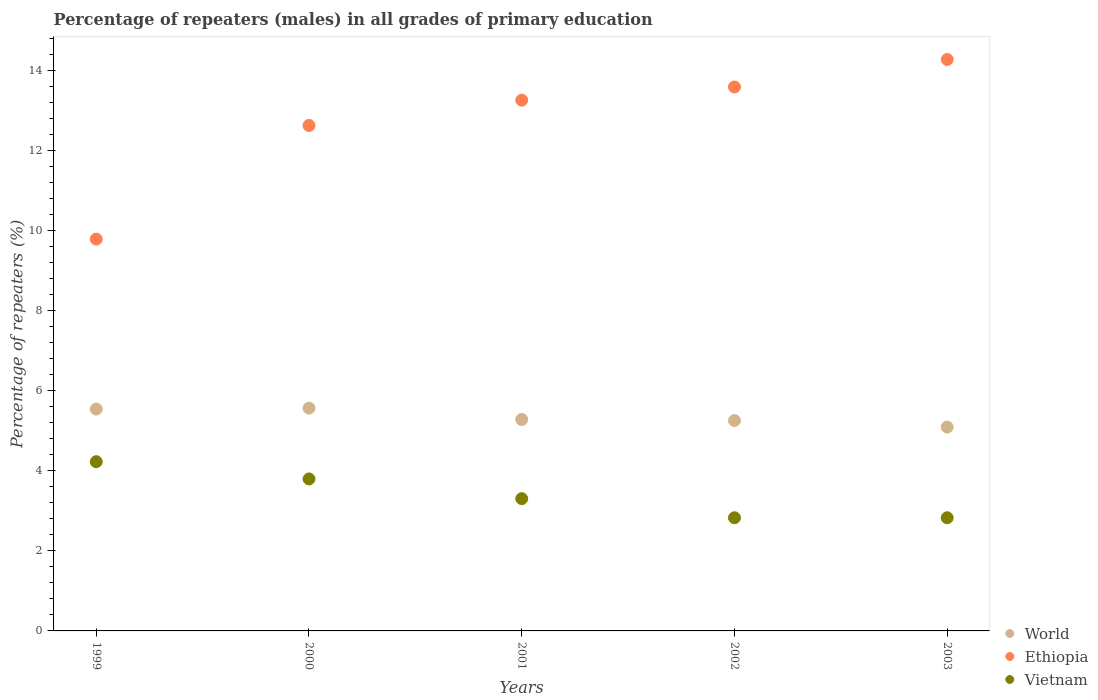
| Years | World | Ethiopia | Vietnam |
 | --- | --- | --- | --- |
 | 1999 | 5.54 | 9.79 | 4.23 |
 | 2000 | 5.57 | 12.6 | 3.8 |
 | 2001 | 5.28 | 13.3 | 3.3 |
 | 2002 | 5.26 | 13.6 | 2.83 |
 | 2003 | 5.09 | 14.3 | 2.83 |